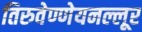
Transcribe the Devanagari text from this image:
तिरुवेण्णेयनल्लूर